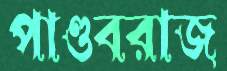
পাণ্ডবরাজ